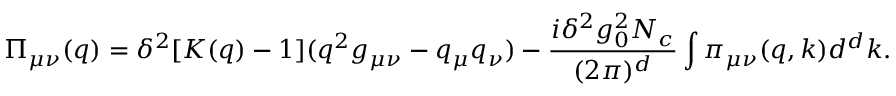
\Pi _ { \mu \nu } ( q ) = \delta ^ { 2 } [ K ( q ) - 1 ] ( q ^ { 2 } g _ { \mu \nu } - q _ { \mu } q _ { \nu } ) - \frac { i \delta ^ { 2 } g _ { 0 } ^ { 2 } N _ { c } } { ( 2 \pi ) ^ { d } } \int \pi _ { \mu \nu } ( q , k ) d ^ { d } k .